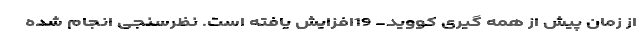
از زمان پیش از همه گیری کووید- 19افزایش یافته است. نظرسنجی انجام شده